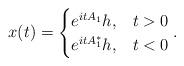
LaTeX: \begin{align*}x(t) = \begin{cases} e^{i t A_1} h, & t> 0\\ e^{i t A_1^*} h, & t < 0 \end{cases}.\end{align*}